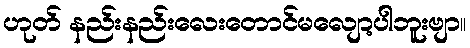
ဟုတ် နည်းနည်းလေးတောင်မလျော့ပါဘူးဗျာ။